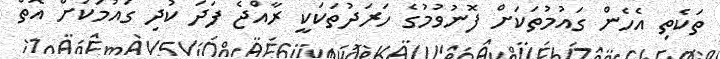
ތަކެތި އެހެން ގައުމުތަކަށް ފޮނުވުމުގެ ހަރަދުތަކަކީ ރާއްޖެ ފަދަ ކުދި ގައުމަކަށް އޮތް